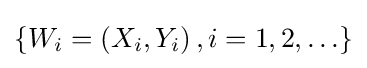
\left\{W_{i}=\left(X_{i},Y_{i}\right),i=1,2,\ldots \right\}